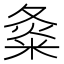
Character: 𡕝